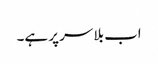
اب بلا سر پر ہے۔